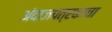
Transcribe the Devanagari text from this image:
अंदाजपत्रकाचा